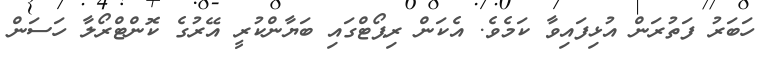
ހަބަރު ފަތުރަން އުޅިފައިވާ ކަމެވެ. އެކަން ރިޕޯޓްގައި ބަޔާންކުރީ އޭރުގެ ކޮންޓްރޯލާ ހަސަން